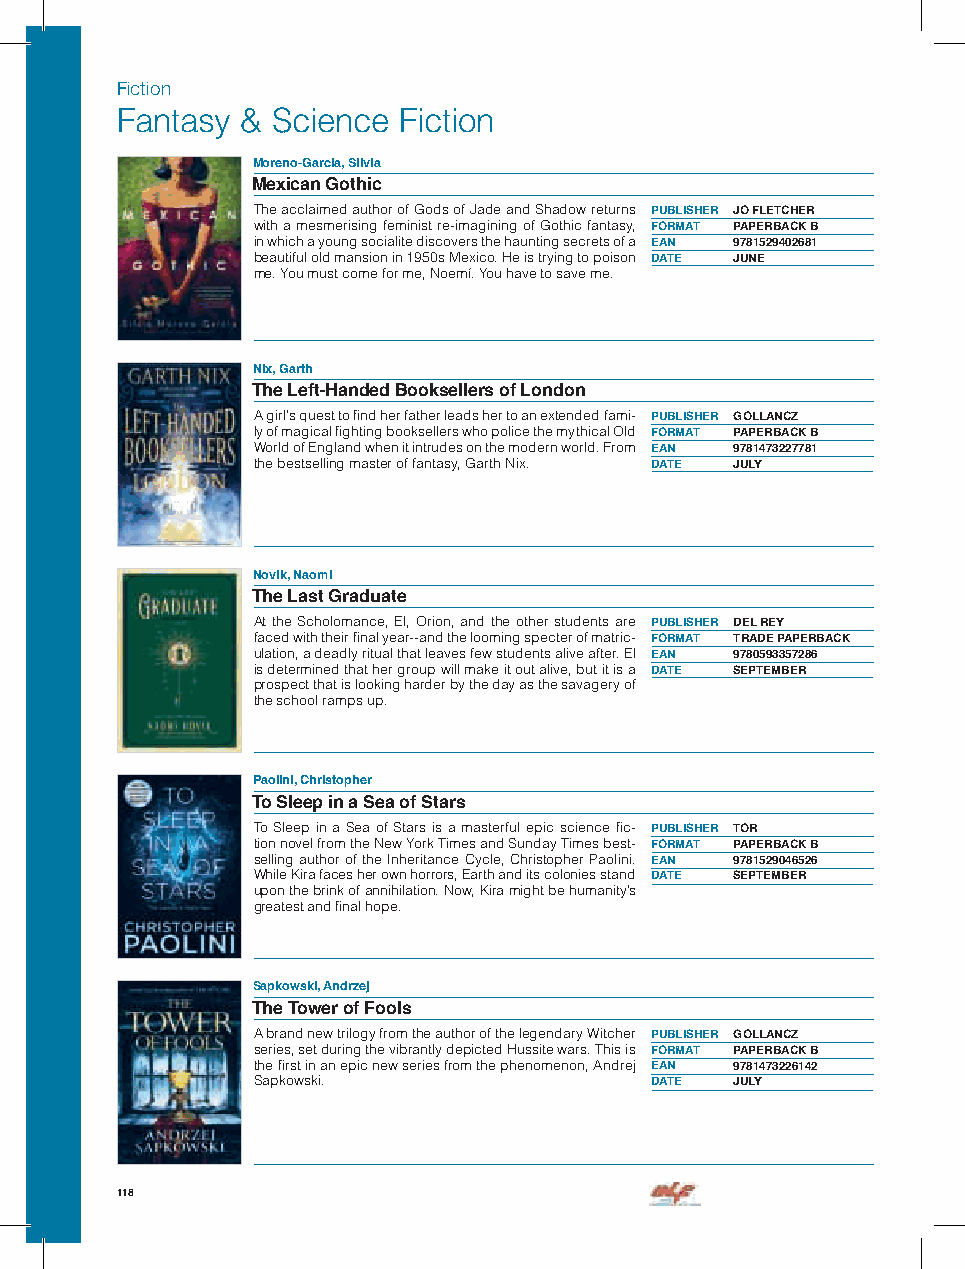
Fiction
 Fantasy & Science Fiction
 Moreno-Garcia, Silvia
 Mexican Gothic
 The acclaimed author of Gods of Jade and Shadow returns PUBLISHER JO FLETCHER
 with a mesmerising feminist re-imagining of Gothic fantasy, FORMAT PAPERBACK B
 in which a young socialite discovers the haunting secrets of a EAN 9781529402681
 beautiful old mansion in 1950s Mexico. He is trying to poison DATE JUNE
 me. You must come for me, Noemí. You have to save me.
 Nix, Garth
 The Left-Handed Booksellers of London
 A girl’s quest to find her father leads her to an extended fami- PUBLISHER GOLLANCZ
 ly of magical fighting booksellers who police the mythical Old FORMAT PAPERBACK B
 World of England when it intrudes on the modern world. From EAN 9781473227781
 the bestselling master of fantasy, Garth Nix. DATE JULY
 Novik, Naomi
 The Last Graduate
 At the Scholomance, El, Orion, and the other students are PUBLISHER DEL REY
 faced with their final year--and the looming specter of matric- FORMAT TRADE PAPERBACK
 ulation, a deadly ritual that leaves few students alive after. El EAN 9780593357286
 is determined that her group will make it out alive, but it is a DATE SEPTEMBER
 prospect that is looking harder by the day as the savagery of
 the school ramps up.
 Paolini, Christopher
 To Sleep in a Sea of Stars
 To Sleep in a Sea of Stars is a masterful epic science fic- PUBLISHER TOR
 tion novel from the New York Times and Sunday Times best- FORMAT PAPERBACK B
 selling author of the Inheritance Cycle, Christopher Paolini. EAN 9781529046526
 While Kira faces her own horrors, Earth and its colonies stand DATE SEPTEMBER
 upon the brink of annihilation. Now, Kira might be humanity’s
 greatest and final hope.
 Sapkowski, Andrzej
 The Tower of Fools
 A brand new trilogy from the author of the legendary Witcher PUBLISHER GOLLANCZ
 series, set during the vibrantly depicted Hussite wars. This is FORMAT PAPERBACK B
 the first in an epic new series from the phenomenon, Andrej EAN 9781473226142
 Sapkowski.                DATE  JULY
 118